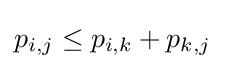
p_{i,j}\leq p_{i,k}+p_{k,j}